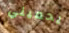
يحميني